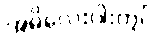
အဓိလေးပါးတွင်